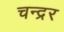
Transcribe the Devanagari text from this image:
चन्द्रर